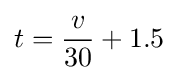
t={\frac {v}{30}}+1.5